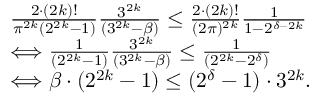
\begin{array} { r l } & { \frac { 2 \cdot ( 2 k ) ! } { \pi ^ { 2 k } ( 2 ^ { 2 k } - 1 ) } \frac { 3 ^ { 2 k } } { ( 3 ^ { 2 k } - \beta ) } \leq \frac { 2 \cdot ( 2 k ) ! } { ( 2 \pi ) ^ { 2 k } } \frac { 1 } { 1 - 2 ^ { \delta - 2 k } } } \\ & { \Longleftrightarrow \frac { 1 } { ( 2 ^ { 2 k } - 1 ) } \frac { 3 ^ { 2 k } } { ( 3 ^ { 2 k } - \beta ) } \leq \frac { 1 } { ( 2 ^ { 2 k } - 2 ^ { \delta } ) } } \\ & { \Longleftrightarrow \beta \cdot ( 2 ^ { 2 k } - 1 ) \leq ( 2 ^ { \delta } - 1 ) \cdot 3 ^ { 2 k } . } \end{array}